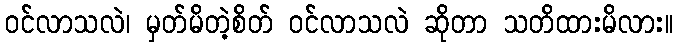
ဝင်လာသလဲ၊ မှတ်မိတဲ့စိတ် ဝင်လာသလဲ ဆိုတာ သတိထားမိလား။